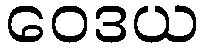
ဝေဒယ